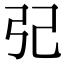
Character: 𢀶